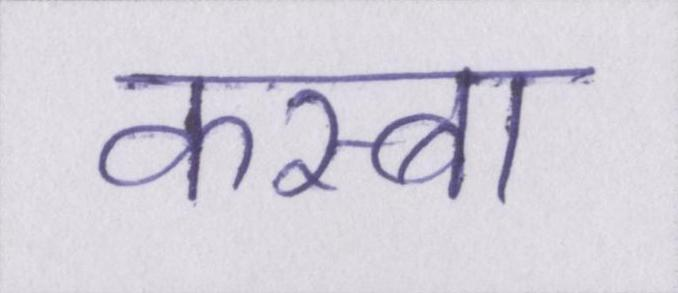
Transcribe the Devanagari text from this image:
कस्बा